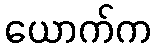
ယောက်က